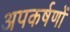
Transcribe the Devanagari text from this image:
अपकर्षणों